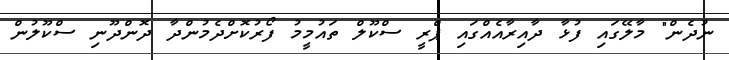
ނުދެން" މާލޭގައި ފުޅާ ދާއިރާއެއްގައި ޕްރީ ސްކޫލް ތައުމީމު ފޯރުކޮށްދެމުންދާ ދޮންދޫނި ސްކޫލުން